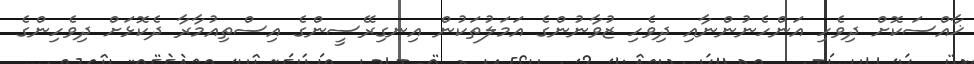
ޚާއްސަކޮށް ދިވެހި އަންހެނުންނާއި ދިވެހި ޒުވާނުންގެ އަމަލުތަކުން އިނގިރޭސީންގެ އިސްތިއުމާރާ ދެކޮޅަށް ދިވެހިންގެ